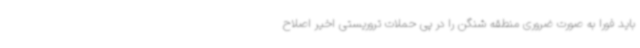
باید فورا به صورت ضروری منطقه شنگن را در پی حملات تروریستی اخیر اصلاح